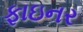
ફાઇનર